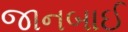
જાનબાઈ